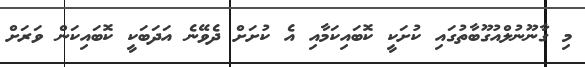
މި ގާނޫނުލްއުގޫބާތުގައި ކުށަކީ ކޮބައިކަމާއި އެ ކުށަށް ދެވޭނެ އަދަބަކީ ކޮބައިކަން ވަރަށް